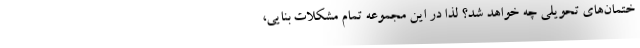
ختمان‌هاي تحويلي چه خواهد شد؟ لذا در این مجموعه تمام مشكلات بنايي،